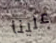
علينا